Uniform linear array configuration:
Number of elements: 32
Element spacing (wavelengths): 0.75
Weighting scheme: uniform
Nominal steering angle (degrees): -45
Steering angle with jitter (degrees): -46.739
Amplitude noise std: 0.05
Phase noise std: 0.05

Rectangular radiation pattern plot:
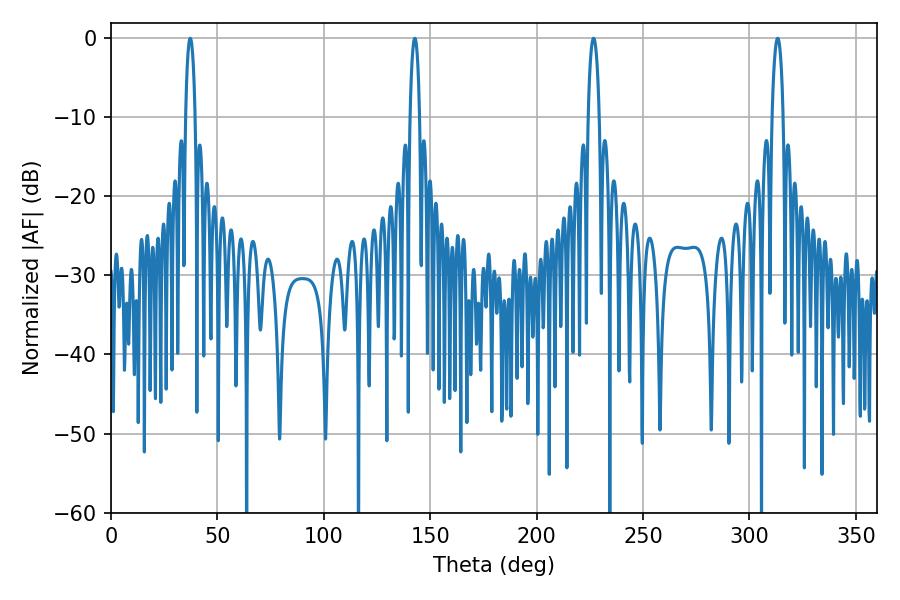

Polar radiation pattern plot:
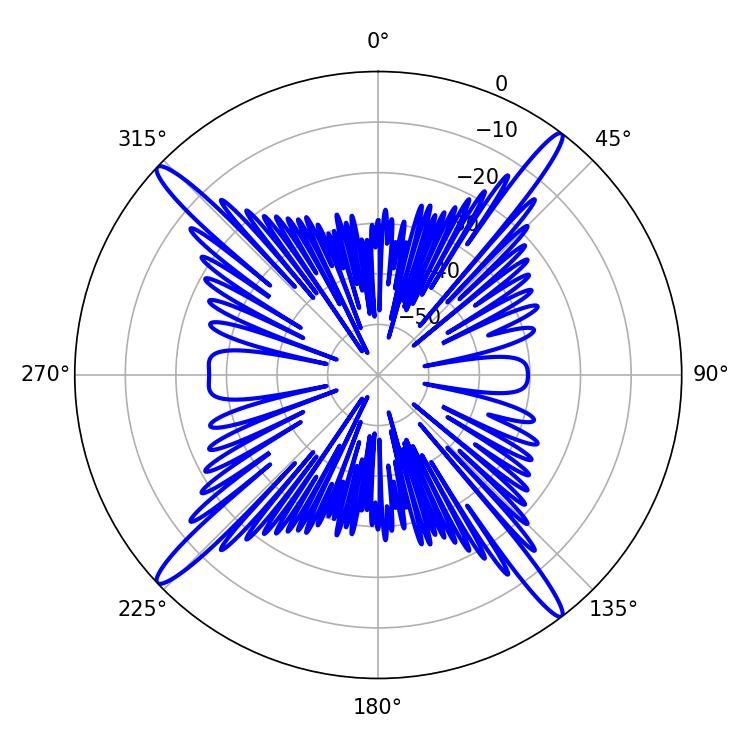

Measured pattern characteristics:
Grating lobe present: TRUE
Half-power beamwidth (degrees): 2.52
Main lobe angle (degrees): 37.26